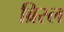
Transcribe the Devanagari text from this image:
ब्रिस्ल